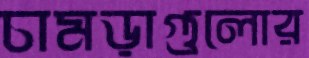
চামড়াগুলোর